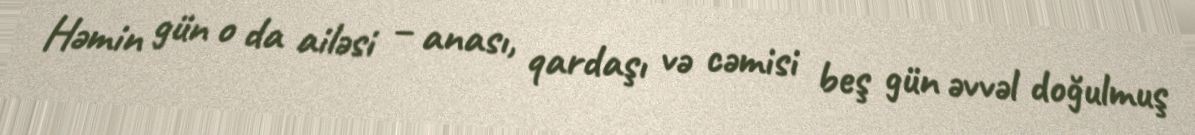
Həmin gün o da ailəsi – anası, qardaşı və cəmisi beş gün əvvəl doğulmuş